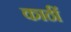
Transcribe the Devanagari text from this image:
काठीं